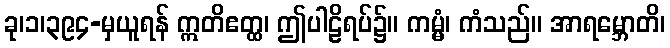
ခု၊၁၊၃၉၄-မှယူရန် ဣတိဧတ္ထ၊ ဤပါဠိရပ်၌။ ကမ္မံ၊ ကံသည်။ အာရမ္ဘောတိ၊